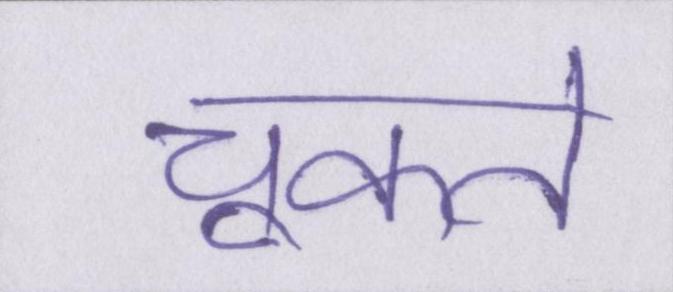
चूकते